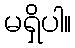
မရှိပါ။